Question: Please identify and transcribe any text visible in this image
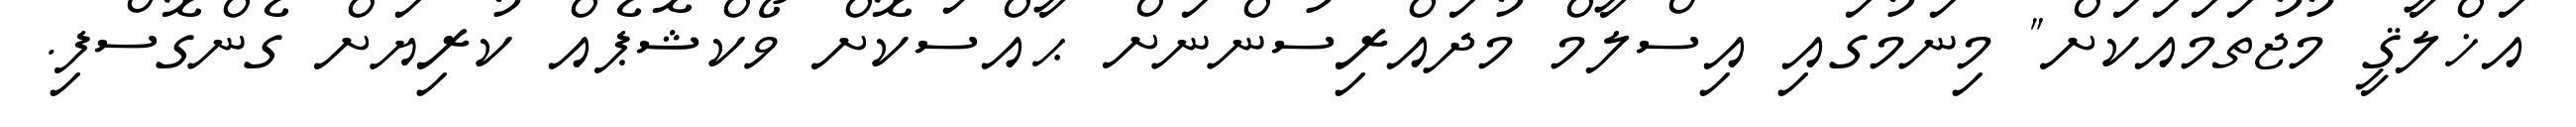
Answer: އަޚްލާޤީ މުޖުތަމައަކަށް" މިނަމުގައި އިސްލާމް މުދައްރިސުންނަށް ޙާއްސަކޮށް ވޯކްޝޮޕެއް ކުރިޔަށް ގެންގޮސްފި.